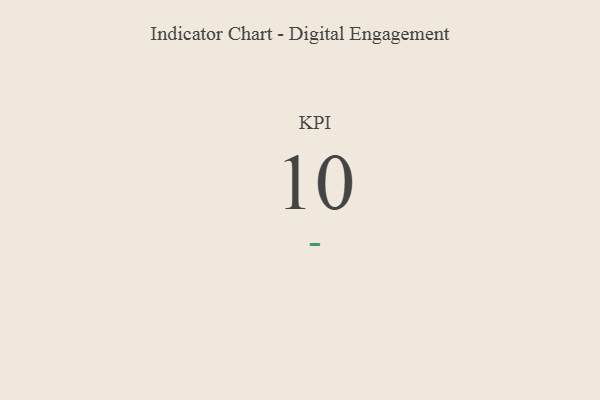
{"axis": {"x": "KPI", "y": "Value"}, "legend": [""], "data": [{"x": "KPI", "y": 10, "type": ""}]}